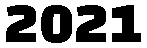
2021